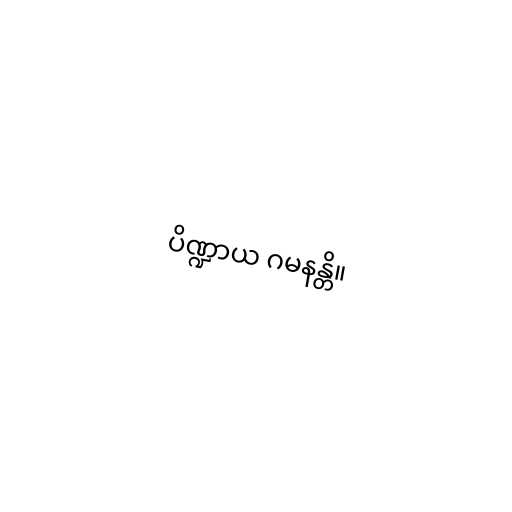
ပိဏ္ဍာယ ဂမနန္တိ။